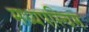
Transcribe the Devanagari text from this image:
मध्यपस्चिम